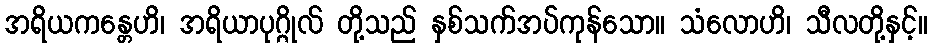
အရိယကန္တေဟိ၊ အရိယာပုဂ္ဂိုလ် တို့သည် နှစ်သက်အပ်ကုန်သော။ သံလောဟိ၊ သီလတို့နှင့်။